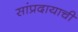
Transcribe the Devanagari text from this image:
सांप्रदायाची